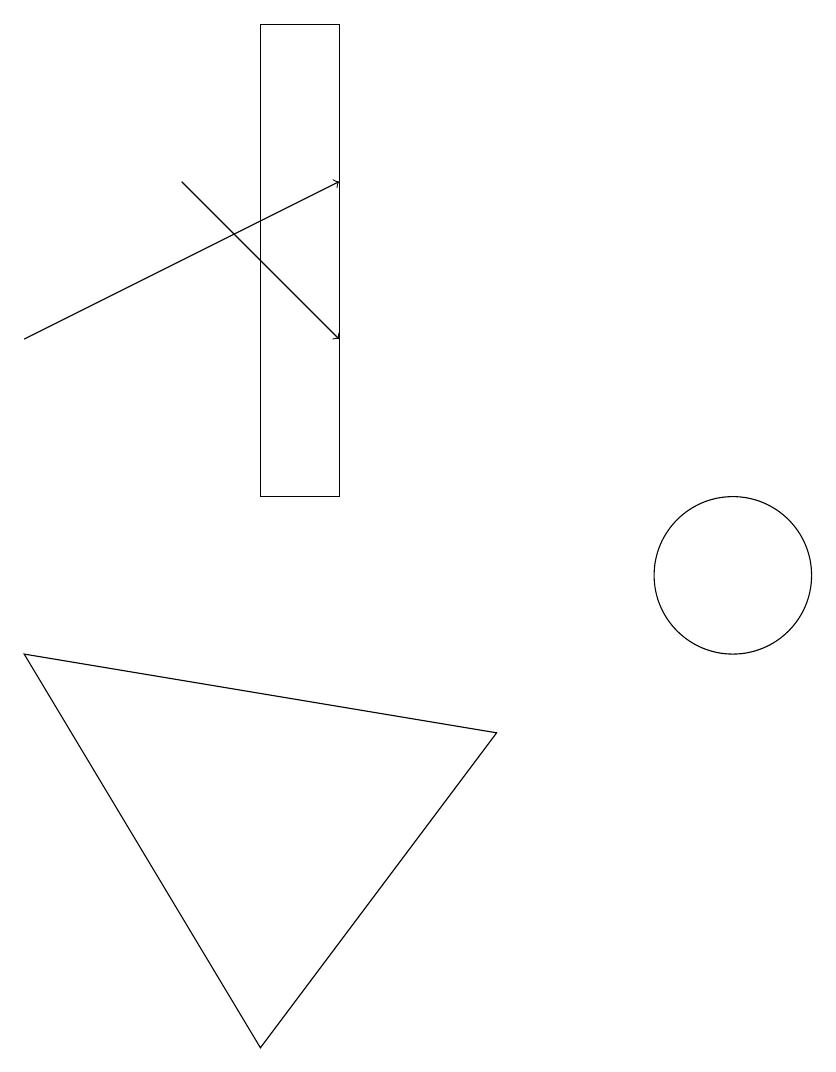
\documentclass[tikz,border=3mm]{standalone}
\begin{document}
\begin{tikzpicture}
\draw (12,10) circle (1);
\draw[->] (3,13) -- (7,15);
\draw (7,11) rectangle (6,17);
\draw (3,9) -- (6,4) -- (9,8) -- cycle;
\draw[->] (5,15) -- (7,13);
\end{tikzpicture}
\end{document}